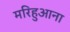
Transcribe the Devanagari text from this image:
मरिहुआना